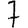
Digit: 7